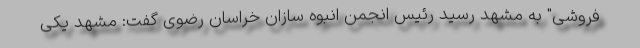
فروشی" به مشهد رسید رئیس انجمن انبوه سازان خراسان رضوی گفت: مشهد یکی